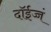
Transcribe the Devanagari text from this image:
दॉईच्चं